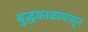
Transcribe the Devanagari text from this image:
बुद्धकाळापासून